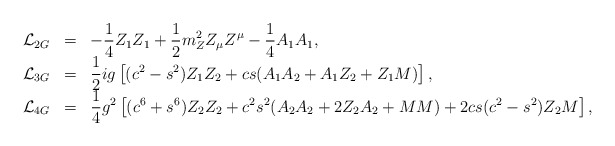
\begin{align*}\begin{array}{rcl}{\cal L}_{2G}&=&\displaystyle-\frac{1}{4}Z_1Z_1+\frac{1}{2}m_Z^2Z_{\mu}Z^{\mu}-\frac{1}{4}A_1A_1, \\{\cal L}_{3G}&=&\displaystyle\frac{1}{2}ig\left[(c^2-s^2)Z_1Z_2+cs(A_1A_2+A_1Z_2+Z_1M)\right],\\{\cal L}_{4G}&=&\displaystyle\frac{1}{4}g^2\left[(c^6+s^6)Z_2Z_2+c^2s^2(A_2A_2+2Z_2A_2+MM)+2cs(c^2-s^2)Z_2M\right],\end{array}\end{align*}